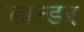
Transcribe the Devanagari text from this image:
बान्डर